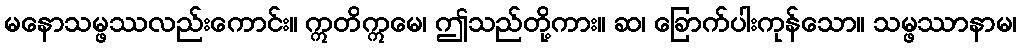
မနောသမ္ဖဿလည်းကောင်း။ ဣတိဣမေ၊ ဤသည်တို့ကား။ ဆ၊ ခြောက်ပါးကုန်သော။ သမ္ဖဿာနာမ၊